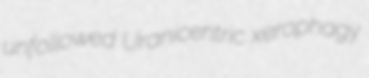
unfollowed Uranicentric xerophagy